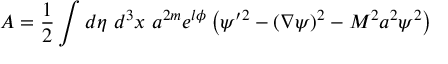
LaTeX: A = { \small \frac { 1 } { 2 } } \int d \eta \ d ^ { 3 } x \ a ^ { 2 m } e ^ { l \phi } \left( \psi ^ { \prime 2 } - ( \nabla \psi ) ^ { 2 } - M ^ { 2 } a ^ { 2 } \psi ^ { 2 } \right)